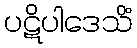
ပဋိပါဒေသိံ